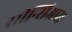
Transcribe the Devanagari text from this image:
सीन्सिआस